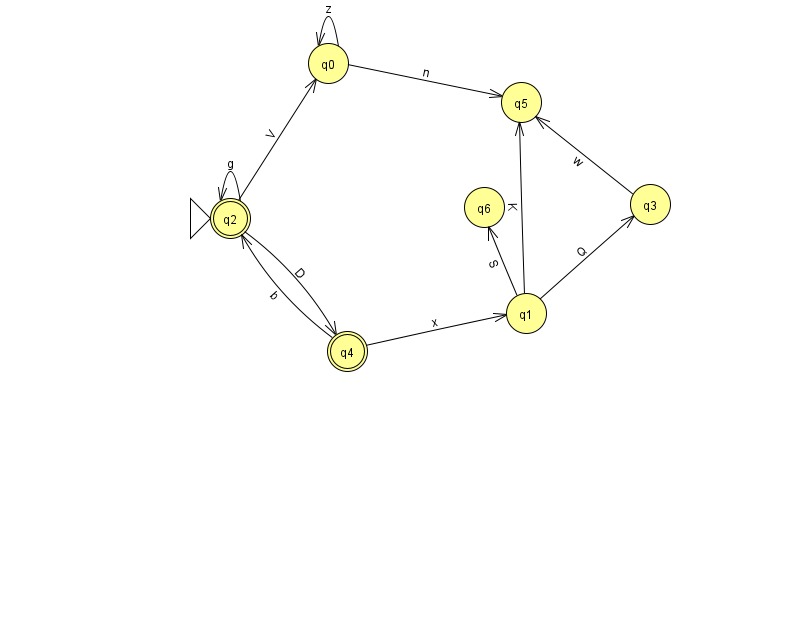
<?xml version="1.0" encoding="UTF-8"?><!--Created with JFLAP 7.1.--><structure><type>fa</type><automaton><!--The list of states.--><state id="0" name="q0"><x>328.0</x><y>50.0</y></state><state id="1" name="q1"><x>526.0</x><y>300.0</y></state><state id="2" name="q2"><x>230.0</x><y>205.0</y><initial/><final/></state><state id="3" name="q3"><x>650.0</x><y>191.0</y></state><state id="4" name="q4"><x>347.0</x><y>338.0</y><final/></state><state id="5" name="q5"><x>521.0</x><y>89.0</y></state><state id="6" name="q6"><x>484.0</x><y>194.0</y></state><!--The list of transitions.--><transition><from>1</from><to>6</to><read>S</read></transition><transition><from>4</from><to>2</to><read>b</read></transition><transition><from>0</from><to>5</to><read>n</read></transition><transition><from>2</from><to>4</to><read>D</read></transition><transition><from>3</from><to>5</to><read>w</read></transition><transition><from>4</from><to>1</to><read>x</read></transition><transition><from>1</from><to>5</to><read>K</read></transition><transition><from>2</from><to>2</to><read>g</read></transition><transition><from>0</from><to>0</to><read>z</read></transition><transition><from>1</from><to>3</to><read>Q</read></transition><transition><from>2</from><to>0</to><read>V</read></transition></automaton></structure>